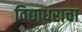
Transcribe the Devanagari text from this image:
विद्याधराचा